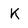
Character: k